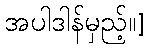
အပါဒါန်မှည့်။]